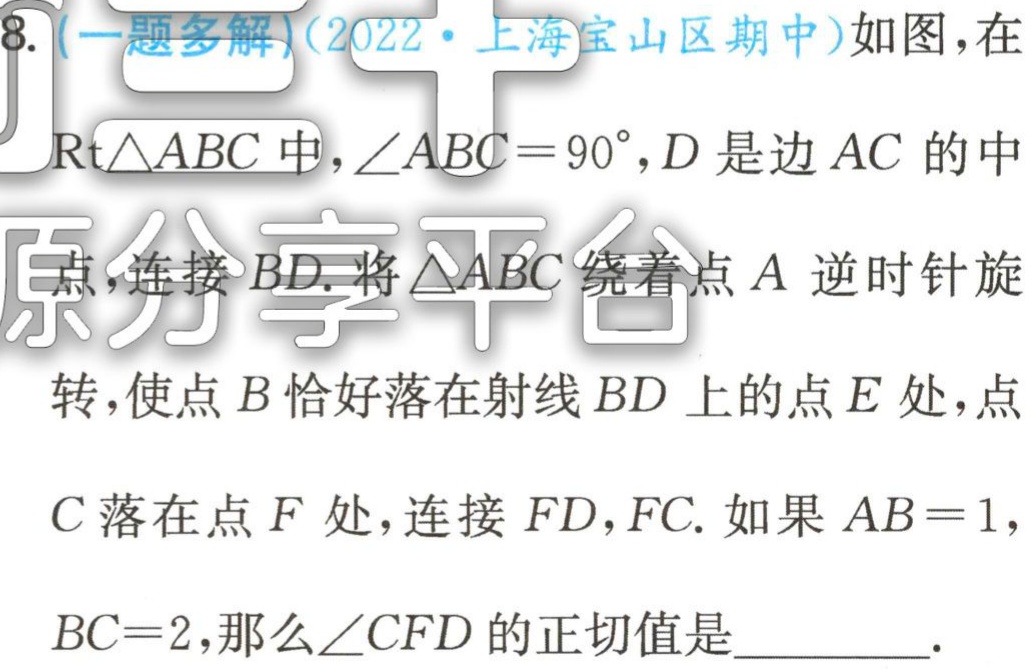
8. (一题多解)(2022·上海宝山区期中)如图，在

$\text{Rt}\triangle ABC$中，$\angle ABC = 90^{\circ},D$是边$AC$的中

点，连接$BD$. 将$\triangle ABC$绕着点$A$逆时针旋

转，使点$B$恰好落在射线$BD$上的点$E$处，点

$C$落在点$F$处，连接$FD,FC$. 如果$AB = 1,$

$BC = 2$，那么$\angle CFD$的正切值是________.